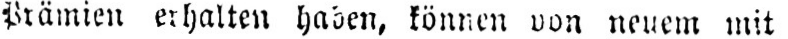
Prämien erhalten haben, können von neuem mit